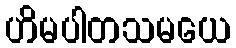
ဟိမပါတသမယေ